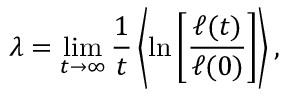
\lambda = \operatorname* { l i m } _ { t \to \infty } \frac { 1 } { t } \left\langle \ln \left[ \frac { \ell ( t ) } { \ell ( 0 ) } \right] \right\rangle ,